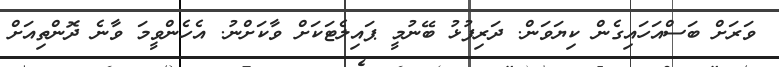
ވަރަށް ބަސްއަހައިގެން ކިޔަވަން. ދަރިފުޅު ބޭނުމީ ޕައިލެޓަކަށް ވާކަށްނު. އެހެންވީމަ ވާނެ ދޮންތިއަށް